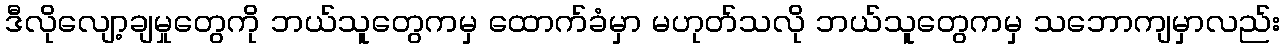
ဒီလိုလျော့ချမှုတွေကို ဘယ်သူတွေကမှ ထောက်ခံမှာ မဟုတ်သလို ဘယ်သူတွေကမှ သဘောကျမှာလည်း